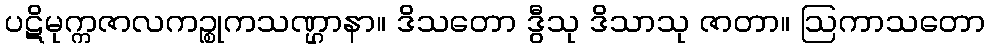
ပဋိမုက္ကဇာလကဉ္စုကသဏ္ဌာနာ။ ဒိသတော ဒွီသု ဒိသာသု ဇာတာ။ ဩကာသတော